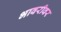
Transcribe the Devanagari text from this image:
भावरीवर